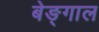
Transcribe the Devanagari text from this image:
बेङ्गाल